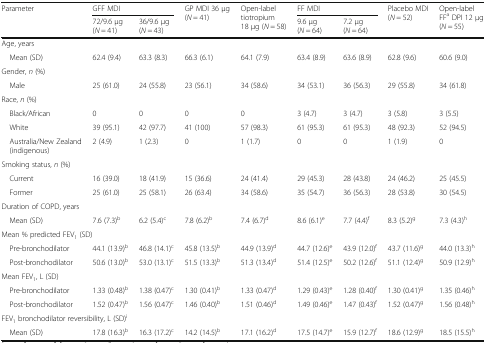
<table><thead><tr><td rowspan="2"><b>Parameter</b></td><td colspan="2"><b>GFF MDI</b></td><td rowspan="2"><b>GP MDI 36 μg (<i>N</i> = 41)</b></td><td rowspan="2"><b>Open-label tiotropium 18 μg (<i>N</i> = 58)</b></td><td colspan="2"><b>FF MDI</b></td><td rowspan="2"><b>Placebo MDI (<i>N</i> = 52)</b></td><td rowspan="2"><b>Open-label FF<sup>a</sup> DPI 12 μg (<i>N</i> = 55)</b></td></tr><tr><td><b>72/9.6 μg (<i>N</i> = 41)</b></td><td><b>36/9.6 μg (<i>N</i> = 43)</b></td><td><b>9.6 μg (<i>N</i> = 64)</b></td><td><b>7.2 μg (<i>N</i> = 64)</b></td></tr></thead><tbody><tr><td colspan="9">Age, years</td></tr><tr><td> Mean (SD)</td><td>62.4 (9.4)</td><td>63.3 (8.3)</td><td>66.3 (6.1)</td><td>64.1 (7.9)</td><td>63.4 (8.9)</td><td>63.6 (8.9)</td><td>62.8 (9.6)</td><td>60.6 (9.0)</td></tr><tr><td colspan="9">Gender, <i>n</i> (%)</td></tr><tr><td> Male</td><td>25 (61.0)</td><td>24 (55.8)</td><td>23 (56.1)</td><td>34 (58.6)</td><td>34 (53.1)</td><td>36 (56.3)</td><td>29 (55.8)</td><td>34 (61.8)</td></tr><tr><td colspan="9">Race, <i>n</i> (%)</td></tr><tr><td> Black/African</td><td>0</td><td>0</td><td>0</td><td>0</td><td>3 (4.7)</td><td>3 (4.7)</td><td>3 (5.8)</td><td>3 (5.5)</td></tr><tr><td> White</td><td>39 (95.1)</td><td>42 (97.7)</td><td>41 (100)</td><td>57 (98.3)</td><td>61 (95.3)</td><td>61 (95.3)</td><td>48 (92.3)</td><td>52 (94.5)</td></tr><tr><td> Australia/New Zealand (indigenous)</td><td>2 (4.9)</td><td>1 (2.3)</td><td>0</td><td>1 (1.7)</td><td>0</td><td>0</td><td>1 (1.9)</td><td>0</td></tr><tr><td colspan="9">Smoking status, <i>n</i> (%)</td></tr><tr><td> Current</td><td>16 (39.0)</td><td>18 (41.9)</td><td>15 (36.6)</td><td>24 (41.4)</td><td>29 (45.3)</td><td>28 (43.8)</td><td>24 (46.2)</td><td>25 (45.5)</td></tr><tr><td> Former</td><td>25 (61.0)</td><td>25 (58.1)</td><td>26 (63.4)</td><td>34 (58.6)</td><td>35 (54.7)</td><td>36 (56.3)</td><td>28 (53.8)</td><td>30 (54.5)</td></tr><tr><td colspan="9">Duration of COPD, years</td></tr><tr><td> Mean (SD)</td><td>7.6 (7.3)<sup>b</sup></td><td>6.2 (5.4)<sup>c</sup></td><td>7.8 (6.2)<sup>b</sup></td><td>7.4 (6.7)<sup>d</sup></td><td>8.6 (6.1)<sup>e</sup></td><td>7.7 (4.4)<sup>f</sup></td><td>8.3 (5.2)<sup>g</sup></td><td>7.3 (4.3)<sup>h</sup></td></tr><tr><td colspan="9">Mean % predicted FEV<sub>1</sub> (SD)</td></tr><tr><td> Pre-bronchodilator</td><td>44.1 (13.9)<sup>b</sup></td><td>46.8 (14.1)<sup>c</sup></td><td>45.8 (13.5)<sup>b</sup></td><td>44.9 (13.9)<sup>d</sup></td><td>44.7 (12.6)<sup>e</sup></td><td>43.9 (12.0)<sup>f</sup></td><td>43.7 (11.6)<sup>g</sup></td><td>44.0 (13.3)<sup>h</sup></td></tr><tr><td> Post-bronchodilator</td><td>50.6 (13.0)<sup>b</sup></td><td>53.0 (13.1)<sup>c</sup></td><td>51.5 (13.3)<sup>b</sup></td><td>51.3 (13.4)<sup>d</sup></td><td>51.4 (12.5)<sup>e</sup></td><td>50.2 (12.6)<sup>f</sup></td><td>51.1 (12.4)<sup>g</sup></td><td>50.9 (12.9)<sup>h</sup></td></tr><tr><td colspan="9">Mean FEV<sub>1</sub>, L (SD)</td></tr><tr><td> Pre-bronchodilator</td><td>1.33 (0.48)<sup>b</sup></td><td>1.38 (0.47)<sup>c</sup></td><td>1.30 (0.41)<sup>b</sup></td><td>1.33 (0.47)<sup>d</sup></td><td>1.29 (0.43)<sup>e</sup></td><td>1.28 (0.40)<sup>f</sup></td><td>1.30 (0.41)<sup>g</sup></td><td>1.35 (0.46)<sup>h</sup></td></tr><tr><td> Post-bronchodilator</td><td>1.52 (0.47)<sup>b</sup></td><td>1.56 (0.47)<sup>c</sup></td><td>1.46 (0.40)<sup>b</sup></td><td>1.51 (0.46)<sup>d</sup></td><td>1.49 (0.46)<sup>e</sup></td><td>1.47 (0.43)<sup>f</sup></td><td>1.52 (0.47)<sup>g</sup></td><td>1.56 (0.48)<sup>h</sup></td></tr><tr><td colspan="9">FEV<sub>1</sub> bronchodilator reversibility, L (SD)<sup>i</sup></td></tr><tr><td> Mean (SD)</td><td>17.8 (16.3)<sup>b</sup></td><td>16.3 (17.2)<sup>c</sup></td><td>14.2 (14.5)<sup>b</sup></td><td>17.1 (16.2)<sup>d</sup></td><td>17.5 (14.7)<sup>e</sup></td><td>15.9 (12.7)<sup>f</sup></td><td>18.6 (12.9)<sup>g</sup></td><td>18.5 (15.5)<sup>h</sup></td></tr></tbody></table>